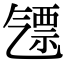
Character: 𣱪